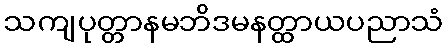
သကျပုတ္တာနမဘိဒမနတ္ထာယပညာသံ